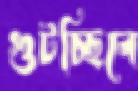
গুটচ্ছিলে